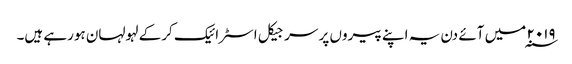
۲۰۱۹ ؁ میں آئے دن یہ اپنے پیروں پر سرجیکل اسٹرائیک کرکے لہولہان ہورہے ہیں۔